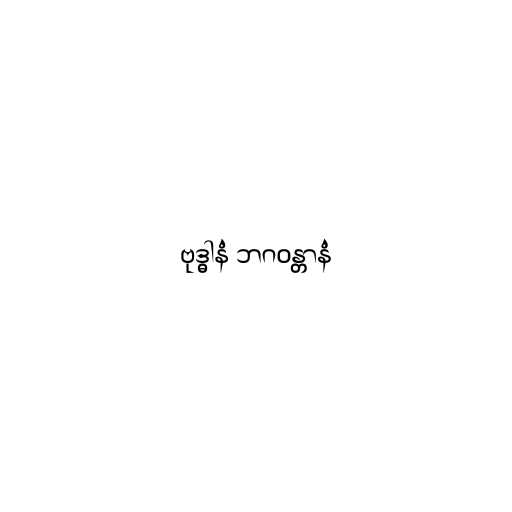
ဗုဒ္ဓါနံ ဘဂဝန္တာနံ